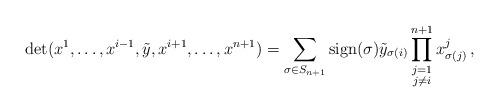
LaTeX: \begin{align*}\det(x^1, \dots, x^{i-1}, \tilde{y}, x^{i+1}, \dots, x^{n+1}) = \sum_{\sigma \in S_{n+1}} \textnormal{sign}(\sigma) \tilde{y}_{\sigma(i)} \prod_{\substack{j = 1 \\ j \neq i}}^{n+1} x^j_{\sigma(j)} \, ,\end{align*}